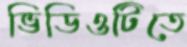
ভিডিওটিতে